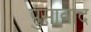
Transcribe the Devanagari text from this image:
पुंसावाद